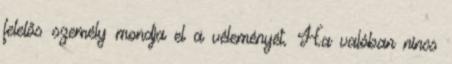
felelős személy mondja el a véleményét. Ha valóban nincs